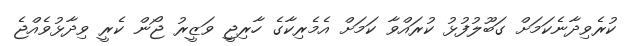
ކުރެވިދާނެކަމަށް ގަބޫލުފުޅު ކުރައްވާ ކަމަށް އެމެރިކާގެ ހާރިޖީ ވަޒީރު ޖޯން ކެރީ ވިދާޅުވެއްޖެ